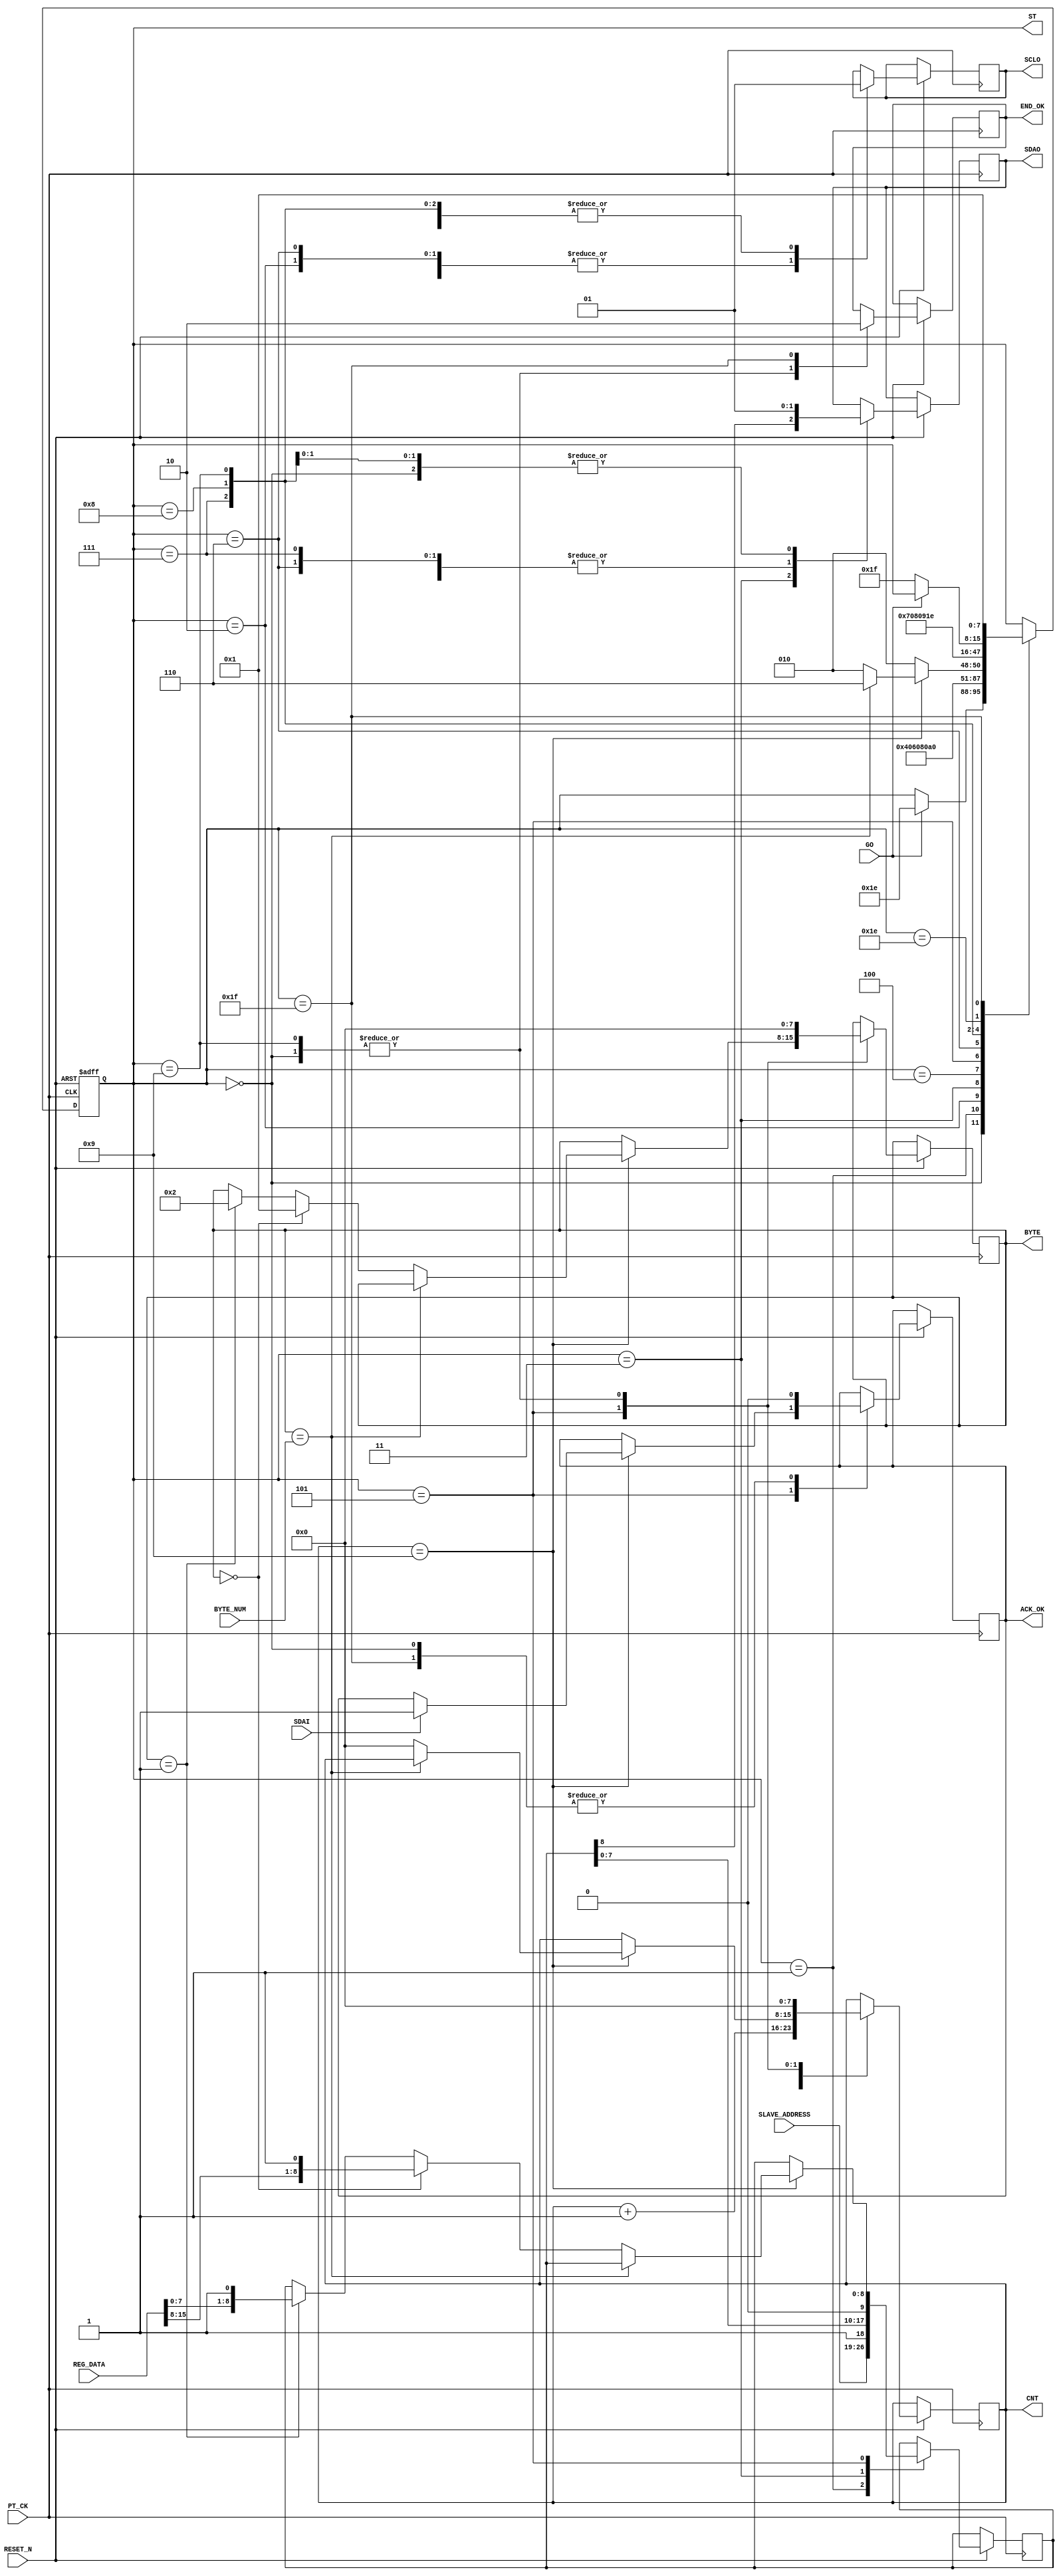
// This program was cloned from: https://github.com/thinkoco/c5soc_opencl
// License: Apache License 2.0

module I2C_WRITE_WDATA  (
   input  				RESET_N ,
	input      		  	PT_CK,
	input      		  	GO,
	input      [15:0] REG_DATA,
	input      [7:0] 	SLAVE_ADDRESS,	
	input            	SDAI,
	output reg       	SDAO,
	output reg       	SCLO,
	output reg       	END_OK,
	
	//--for test 
	output reg [7:0] 	ST ,
	output reg [7:0] 	CNT,
	output reg [7:0] 	BYTE,
	output reg       	ACK_OK,
   input      [7:0]  BYTE_NUM  // 4 : 4 byte 	
);

//===reg/wire  
reg   [8:0]A ;
reg   [7:0]DELY ;

always @( negedge RESET_N or posedge  PT_CK )begin
if (!RESET_N  ) ST <=0;
else 
	  case (ST)
	    0: begin  //start 		      
		      SDAO   <=1; 
	         SCLO   <=1;
	         ACK_OK <=0;
	         CNT    <=0;
	         END_OK <=1;
	         BYTE   <=0;	
	         if (GO) ST  <=30 ; // inital 							
		    end	  
	    1: begin  //start 
		      ST <=2 ; 
			   { SDAO,  SCLO } <= 2'b01; 
				A <= {SLAVE_ADDRESS ,1'b1 };//WRITE COMMAND
		    end
	    2: begin  //start 
		      ST <=3 ; 
			   { SDAO,  SCLO } <= 2'b00; 
		    end
			 
	    3: begin  
		      ST <=4 ; 
			   { SDAO, A } <= { A ,1'b0 }; 
		    end
	    4: begin  
		      ST <=5 ; 
			   SCLO <= 1'b1 ; 
				CNT <= CNT +1 ;
		    end
			 
	    5: begin  
			   SCLO <= 1'b0 ; 
			   if (CNT==9) begin
				     if ( BYTE == BYTE_NUM )  ST <= 6 ; 
					  else  begin 
					           CNT <=0 ; 
					           ST <= 2 ;
					                if ( BYTE ==0 ) begin BYTE <=1  ; A <= {REG_DATA[15:8] ,1'b1 }; end 
					           else if ( BYTE ==1 ) begin BYTE <=2  ; A <= {REG_DATA[7:0] ,1'b1 }; end 
							  end
					  if (SDAI ) ACK_OK <=1 ; 
				 end
				 else ST <= 2;
		    end

	    6: begin          //stop
		      ST <=7 ; 
			   { SDAO,  SCLO } <= 2'b00; 
         end

	    7: begin          //stop
		      ST <=8 ; 
			   { SDAO,  SCLO } <= 2'b01; 
         end
	    8: begin          //stop
		      ST <=9 ; 
			   { SDAO,  SCLO } <= 2'b11; 
						
         end 
		9:	begin
		      ST     <= 30; 
				SDAO   <=1; 
	         SCLO   <=1;
	         CNT    <=0;
	         END_OK <=1;
	         BYTE   <=0;
		     end
		//--- END ---
		   30: begin
            if (!GO) ST  <=31;
          end			
		   31: begin  //
		      END_OK<=0;
				ACK_OK<=0;
				ST    <=1;	
			end	
	  endcase 
 end
 
endmodule